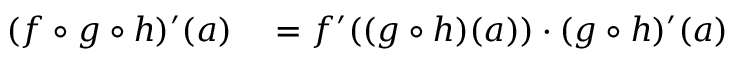
\begin{array} { r l } { ( f \circ g \circ h ) ^ { \prime } ( a ) } & { { } = f ^ { \prime } ( ( g \circ h ) ( a ) ) \cdot ( g \circ h ) ^ { \prime } ( a ) } \end{array}